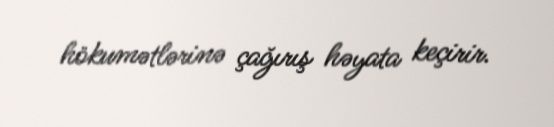
hökumətlərinə çağırış həyata keçirir.